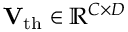
\mathbf { V } _ { \mathrm { t h } } \in \mathbb { R } ^ { C \times D }